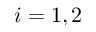
i = 1 , 2